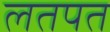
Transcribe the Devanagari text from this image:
लतपत